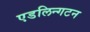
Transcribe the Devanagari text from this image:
एडलिन्गटन